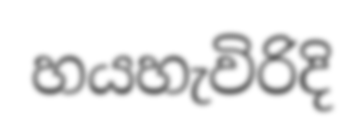
හයහැවිරිදි